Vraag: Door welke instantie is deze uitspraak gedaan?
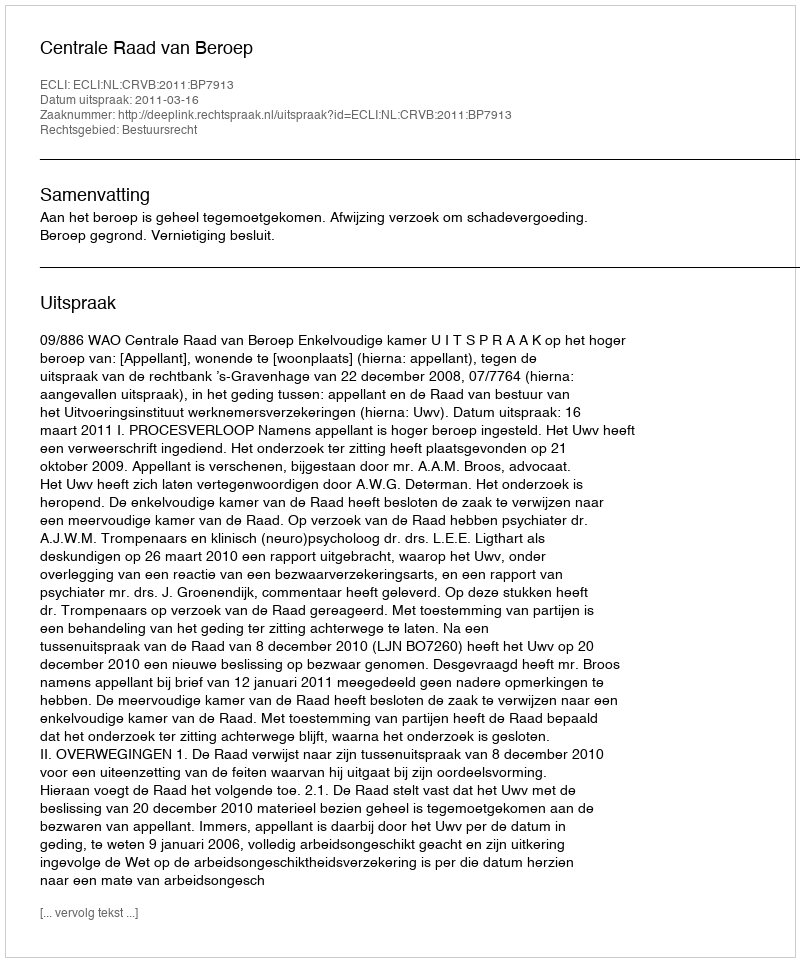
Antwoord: Centrale Raad van Beroep